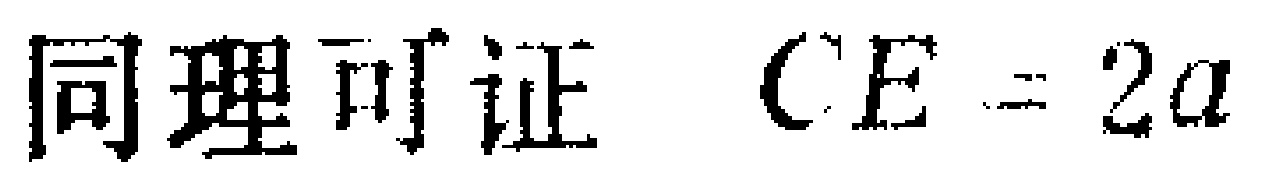
同理可证 \(CE = 2a\)